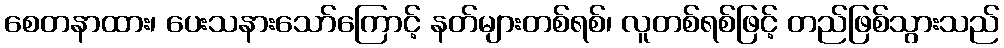
စေတနာထား၊ ပေးသနားသော်ကြောင့် နတ်များတစ်ရစ်၊ လူတစ်ရစ်ဖြင့် တည်ဖြစ်သွားသည်